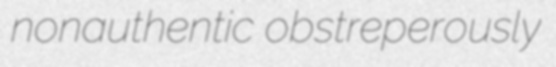
nonauthentic obstreperously